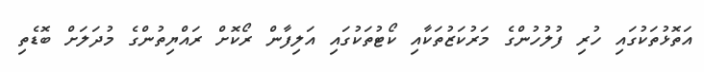
އަތޮޅުތަކުގައި ހުރި ފުލުހުންގެ މަރުކަޒުތަކާއި ކޯޓުތަކުގައި އަލިފާން ރޯކޮށް ރައްޔިތުންގެ މުދަލަށް ބޮޑެތި